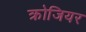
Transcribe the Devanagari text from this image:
क्रोजियर